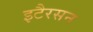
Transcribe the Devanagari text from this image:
इटैरसन